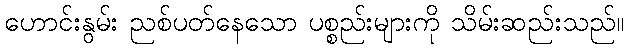
ဟောင်းနွမ်း ညစ်ပတ်နေသော ပစ္စည်းများကို သိမ်းဆည်းသည်။